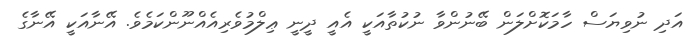
އަދި ނުވިޔަސް ހާމަކޮށްލަން ބޭނުންވާ ނުކުތާއަކީ އެއީ ދީނީ ޢިލްމުވެރިއެއްނޫންކަމެވެ. އޭނާއަކީ އޭނާގެ